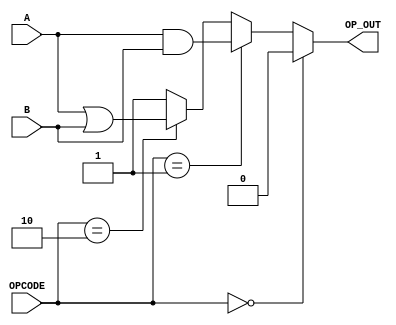
      ////////////////////////////////////////////
     // PARAMETER1.V Version 1.0               //
    // Xilinx HDL Synthesis Design Guide      //
   // Example of using a parameter data type //
  // to produce more readable code          //
 // December 1997                          //
////////////////////////////////////////////

module parameter1(OPCODE, A, B, OP_OUT);

   output       OP_OUT;
   input  [1:0] OPCODE;
   input        A, B;

   reg OP_OUT;

   parameter ZERO    = 2'b00;
   parameter A_AND_B = 2'b01; 
   parameter A_OR_B  = 2'b10;
   parameter ONE     = 2'b11;

   always @ (OPCODE or A or B)
   begin
      if      (OPCODE == ZERO)    OP_OUT = 1'b0;
      else if (OPCODE == A_AND_B) OP_OUT = A & B;
      else if (OPCODE == A_OR_B)  OP_OUT = A | B;
      else                        OP_OUT = 1'b1;
   end

endmodule